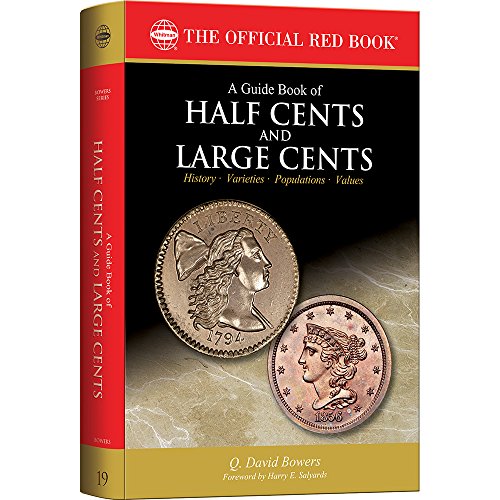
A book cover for A Guide Book of Half Cents and Large Cents, 1st Edition (The Official Red Book); Q. David Bowers; Crafts, Hobbies & Home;